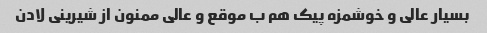
بسیار عالی و خوشمزه پیک هم ب موقع و عالی ممنون از شیرینی لادن